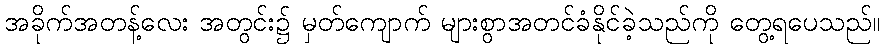
အခိုက်အတန့်လေး အတွင်း၌ မှတ်ကျောက် များစွာအတင်ခံနိုင်ခဲ့သည်ကို တွေ့ရပေသည်။